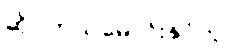
ဆိုင်ကယ်မောင်းနှင်သူ